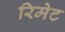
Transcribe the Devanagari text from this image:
रिमेट